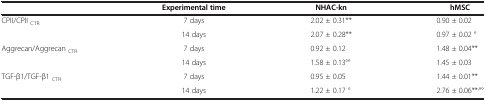
<table><thead><tr><td><b> </b></td><td><b>Experimental time</b></td><td><b>NHAC-kn</b></td><td><b>hMSC</b></td></tr></thead><tbody><tr><td rowspan="2">CPII/CPII <sub>CTR</sub></td><td>7 days</td><td>2.02 ± 0.31**</td><td>0.90 ± 0.02</td></tr><tr><td>14 days</td><td>2.07 ± 0.28**</td><td>0.97 ± 0.02 °</td></tr><tr><td rowspan="2">Aggrecan/Aggrecan <sub>CTR</sub></td><td>7 days</td><td>0.92 ± 0.12</td><td>1.48 ± 0.04**</td></tr><tr><td>14 days</td><td>1.58 ± 0.13°°</td><td>1.45 ± 0.03</td></tr><tr><td rowspan="2">TGF-β1/TGF-β1 <sub>CTR</sub></td><td>7 days</td><td>0.95 ± 0.05</td><td>1.44 ± 0.01**</td></tr><tr><td>14 days</td><td>1.22 ± 0.17 °</td><td>2.76 ± 0.06**<sup>,</sup>°°</td></tr></tbody></table>